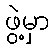
ဖွဲ့မှာ